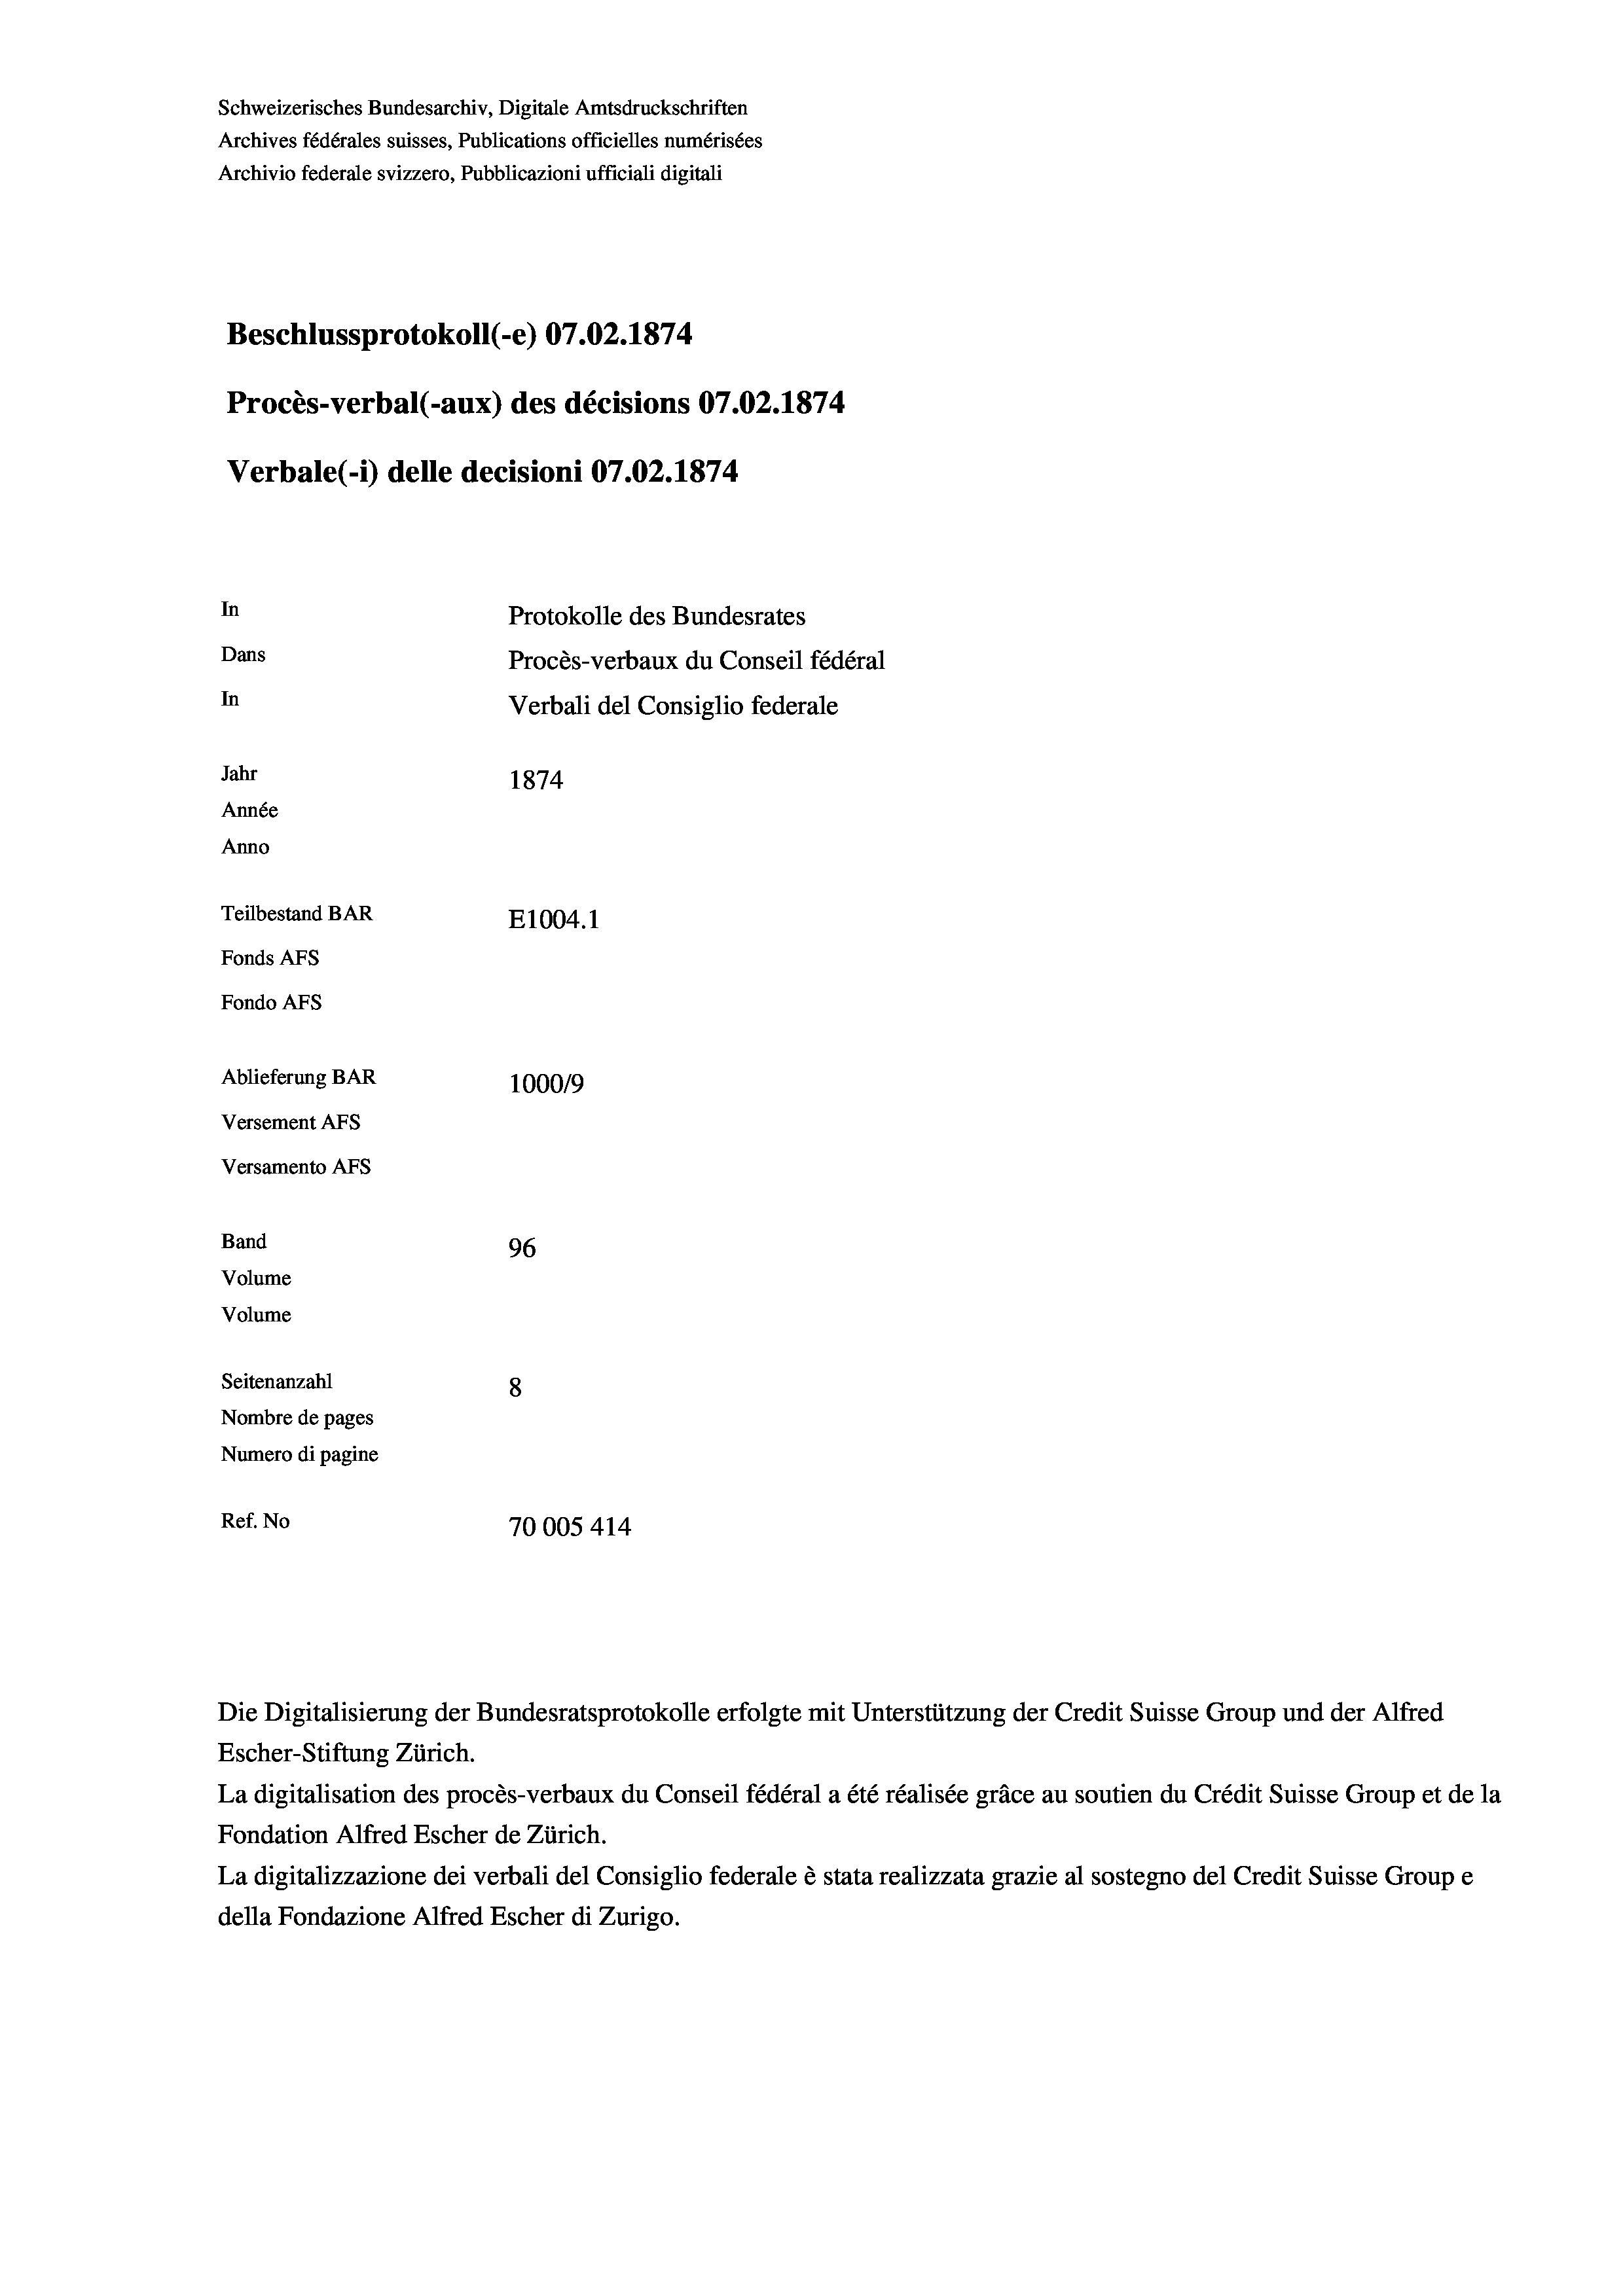
Schweizerisches Bundesarchiv, Digitale Amtsdruckschriften
Archives fédérales suisses, Publications officielles numérisées
Archivio federale svizzero, Pubblicazioni ufficiali digitali
Beschlussprotokoll (-e) 07.02. 1874
Procès-verbal (-aux) des décisions 07.02.1874
Verbale (1) delle decisioni 07.02. 1874
In
Protokolle des Bundesrates
Dans
Procès-verbaux du Conseil fédéral
In
Verbali del Consiglio federale
Jahr
1874
Année
Anno
Teilbestand BAR
E1004. 1
Fonds Afs
Fondo AFs
Ablieferung BAR
100019
Versement Abs
Versamento Afs
Band
96
Volume
Volume
Seitenanzahl
8
Nombre de pages
Numero di pagine
Ref. No
70005 414

La digitalisation des procès-verbaux du Conseil fédéral a été réalisée gräce au soutien du Crédit Suisse Group et de la
Fondation Alfred Escher de Zürich.
La digitalizzazione dei verbali del Consiglio federale è stata realizzata grazie al sostegno del Credit Suisse Groupe
della Fondazione Alfred Escher di Zurigo.

Die Digitalisierung der Bundesratsprotokolle erfolgte mit Unterstützung der Credit Suisse Group und der Alfred
Escher-Stiftung Zürich.